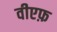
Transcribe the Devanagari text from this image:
वीएफ़